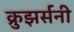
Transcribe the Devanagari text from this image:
क्रुझर्सनी